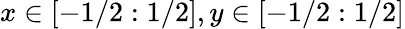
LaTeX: x\in[-1/2:1/2],y\in[-1/2:1/2]